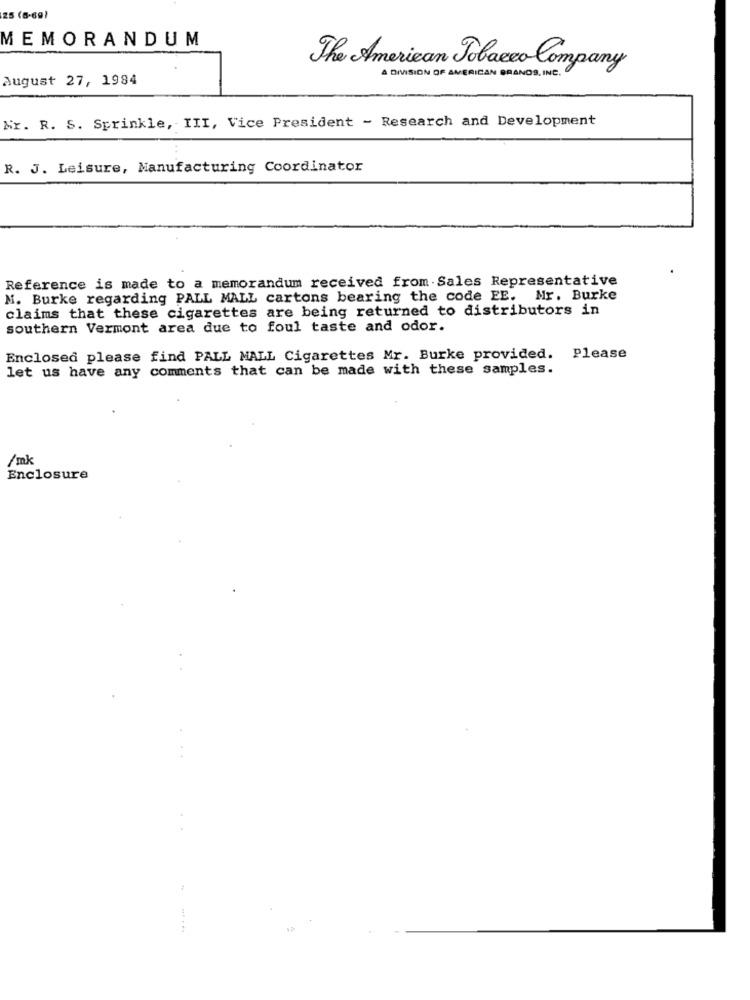
25 (8-69)
MEMORANDUM
The American Tobacco Company
A DIVISION OF AMERICAN GRANOS, INC.
August 27, 1984
Mr. R. S. Sprinkle, III, Vice President - Research and Development
R. J. Leisure, Manufacturing Coordinator
Reference is made to a memorandum received from Sales Representative
N. Burke regarding PALL MALL cartons bearing the code EE. Mr. Burke
claims that these cigarettes are being returned to distributors in
southern Vermont area due to foul taste and odor.
Enclosed please find PALL MALL Cigarettes Mr. Burke provided. Please
let us have any comments that can be made with these samples.
/mk
Enclosure